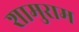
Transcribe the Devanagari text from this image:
शामुराम